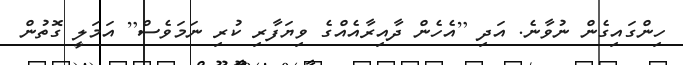
ހިންގައިގެން ނުވާނެ. އަދި [އެހެން ދާއިރާއެއްގެ ވިޔަފާރި ކުރި ނަމަވެސް[ އަމަލީ ގޮތުން